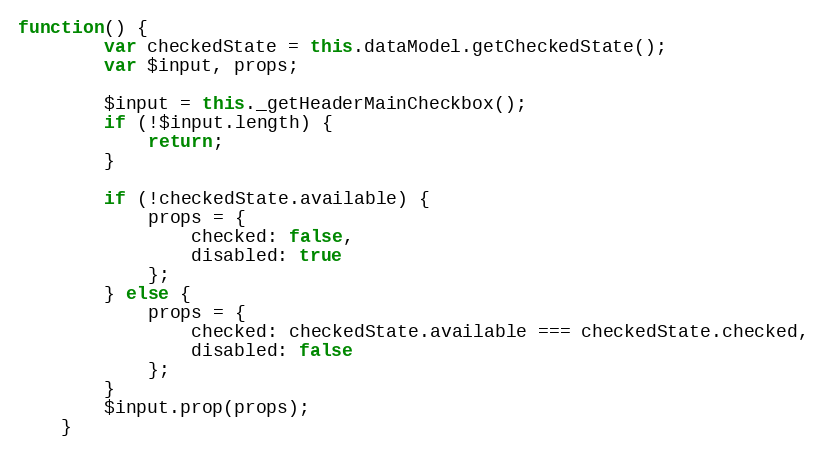
Language: JavaScript
function() {
        var checkedState = this.dataModel.getCheckedState();
        var $input, props;

        $input = this._getHeaderMainCheckbox();
        if (!$input.length) {
            return;
        }

        if (!checkedState.available) {
            props = {
                checked: false,
                disabled: true
            };
        } else {
            props = {
                checked: checkedState.available === checkedState.checked,
                disabled: false
            };
        }
        $input.prop(props);
    }